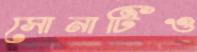
সোনাটিও